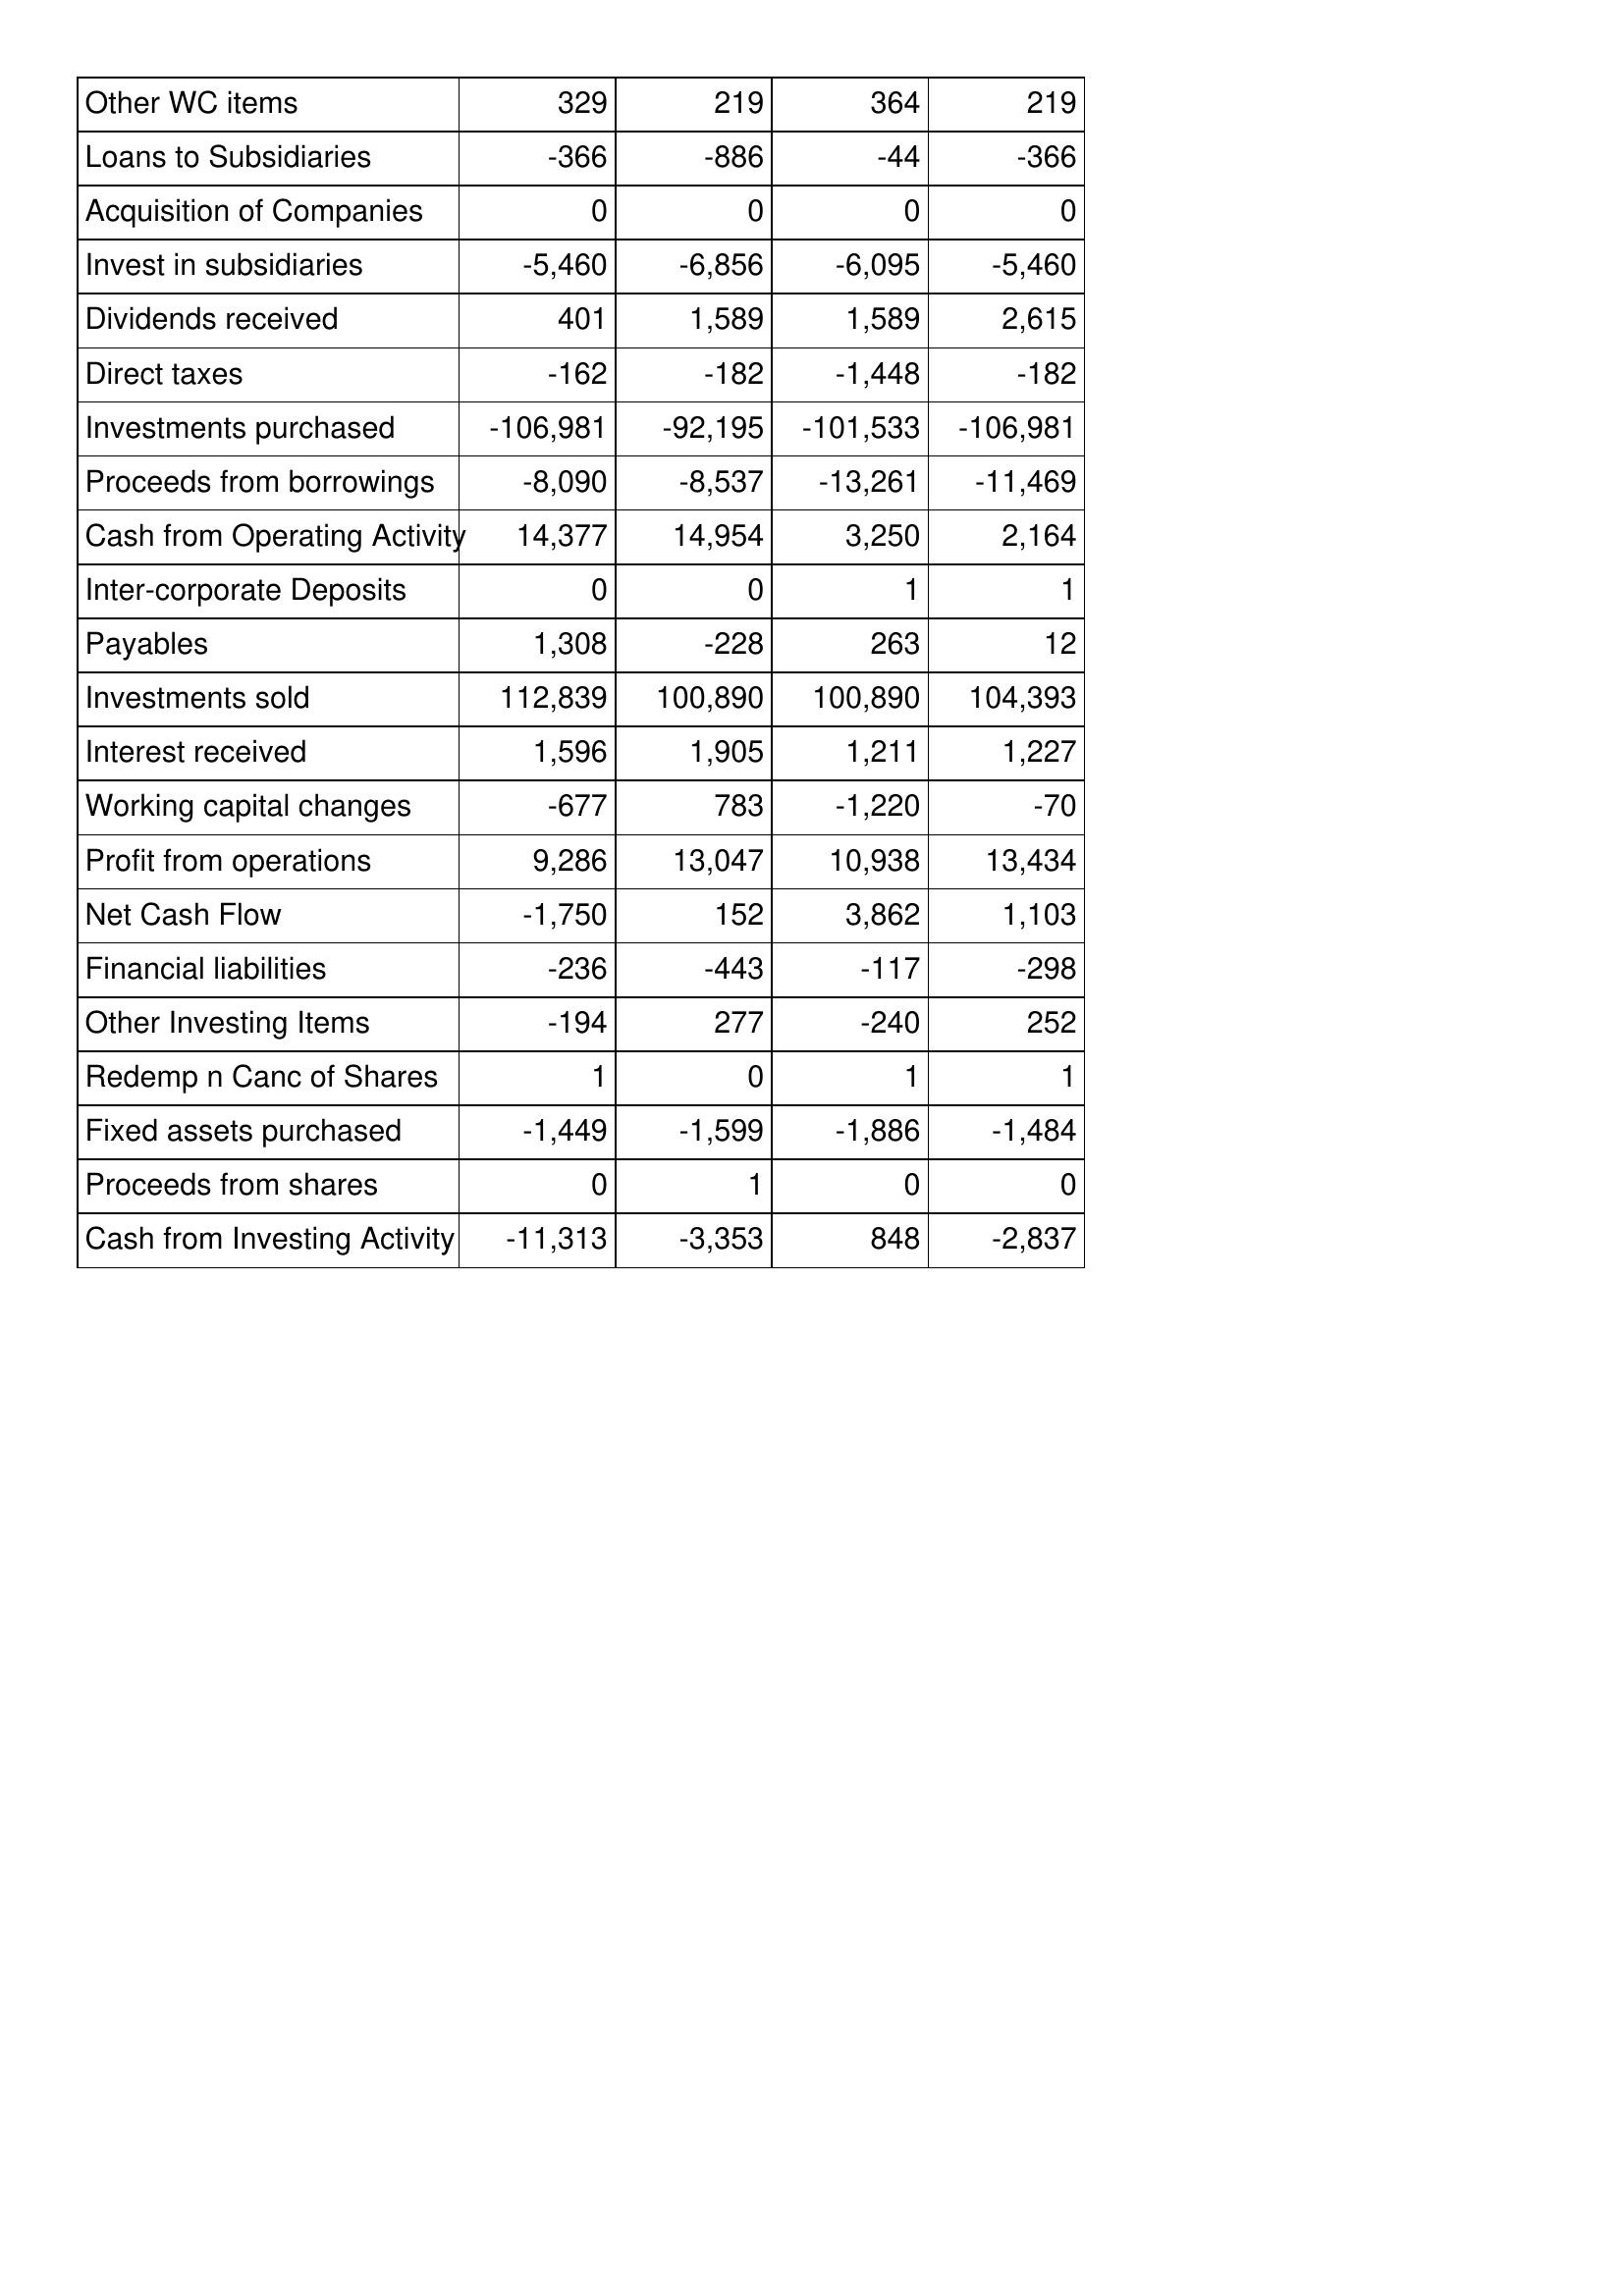
Apr-15: Cash Flows: Other WC items: 329
Loans to Subsidiaries: -366
Acquisition of Companies: 0
Invest in subsidiaries: -5,460
Dividends received: 401
Direct taxes: -162
Investments purchased: -106,981
Proceeds from borrowings: -8,090
Cash from Operating Activity: 14,377
Inter-corporate Deposits: 0
Payables: 1,308
Investments sold: 112,839
Interest received: 1,596
Working capital changes: -677
Profit from operations: 9,286
Net Cash Flow: -1,750
Financial liabilities: -236
Other Investing Items: -194
Redemp n Canc of Shares: 1
Fixed assets purchased: -1,449
Proceeds from shares: 0
Cash from Investing Activity: -11,313
Apr-14: Cash Flows: Other WC items: 219
Loans to Subsidiaries: -886
Acquisition of Companies: 0
Invest in subsidiaries: -6,856
Dividends received: 1,589
Direct taxes: -182
Investments purchased: -92,195
Proceeds from borrowings: -8,537
Cash from Operating Activity: 14,954
Inter-corporate Deposits: 0
Payables: -228
Investments sold: 100,890
Interest received: 1,905
Working capital changes: 783
Profit from operations: 13,047
Net Cash Flow: 152
Financial liabilities: -443
Other Investing Items: 277
Redemp n Canc of Shares: 0
Fixed assets purchased: -1,599
Proceeds from shares: 1
Cash from Investing Activity: -3,353
Apr-13: Cash Flows: Other WC items: 364
Loans to Subsidiaries: -44
Acquisition of Companies: 0
Invest in subsidiaries: -6,095
Dividends received: 1,589
Direct taxes: -1,448
Investments purchased: -101,533
Proceeds from borrowings: -13,261
Cash from Operating Activity: 3,250
Inter-corporate Deposits: 1
Payables: 263
Investments sold: 100,890
Interest received: 1,211
Working capital changes: -1,220
Profit from operations: 10,938
Net Cash Flow: 3,862
Financial liabilities: -117
Other Investing Items: -240
Redemp n Canc of Shares: 1
Fixed assets purchased: -1,886
Proceeds from shares: 0
Cash from Investing Activity: 848
Apr-12: Cash Flows: Other WC items: 219
Loans to Subsidiaries: -366
Acquisition of Companies: 0
Invest in subsidiaries: -5,460
Dividends received: 2,615
Direct taxes: -182
Investments purchased: -106,981
Proceeds from borrowings: -11,469
Cash from Operating Activity: 2,164
Inter-corporate Deposits: 1
Payables: 12
Investments sold: 104,393
Interest received: 1,227
Working capital changes: -70
Profit from operations: 13,434
Net Cash Flow: 1,103
Financial liabilities: -298
Other Investing Items: 252
Redemp n Canc of Shares: 1
Fixed assets purchased: -1,484
Proceeds from shares: 0
Cash from Investing Activity: -2,837